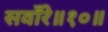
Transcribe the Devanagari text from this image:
सवाँरे॥१०॥